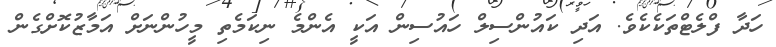
ހަދާ ފްލެޓްތަކެކެވެ. އަދި ކައުންސިލް ހައުސިން އަކީ އެންމެ ނިކަމެތި މީހުންނަށް އަމާޒުކޮށްގެން